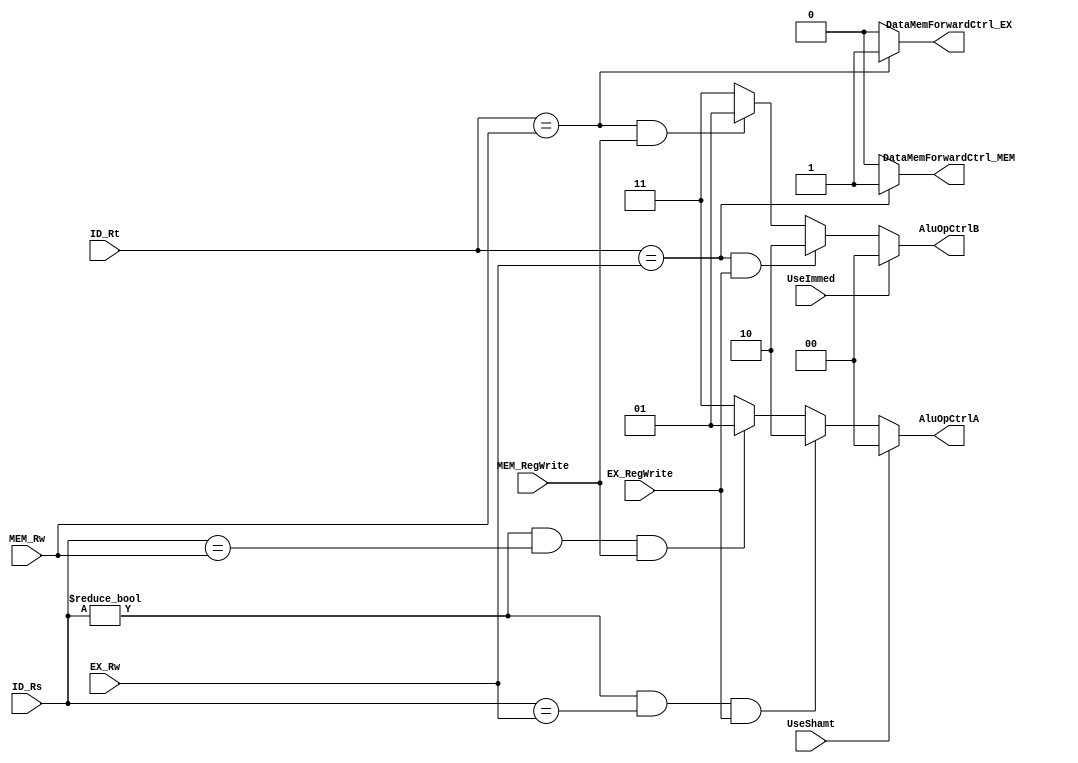
module forwardingunit(UseShamt,UseImmed,ID_Rs,ID_Rt,EX_Rw,MEM_Rw,EX_RegWrite,MEM_RegWrite,
					  AluOpCtrlA,AluOpCtrlB,DataMemForwardCtrl_EX,DataMemForwardCtrl_MEM);

	input 			UseShamt;				// For shift
	input			UseImmed;				// For immediate
	input 		    EX_RegWrite;			// Register Write in EX stage	
	input 			MEM_RegWrite;			// Register Write in MEM stage	
	input[4:0] 		ID_Rs;					// Rs in Decode stage
	input[4:0] 		ID_Rt;					// Rt in Decode stage
	input[4:0] 		EX_Rw;					// Rw in Execute stage
	input[4:0] 		MEM_Rw;					// Rw in Memory stage

	output reg 		DataMemForwardCtrl_EX;	// Memory Forwarding in Execute stage
	output reg 		DataMemForwardCtrl_MEM; // Memory Forwarding in Memory stage
	output reg[1:0] AluOpCtrlA; 			// Alu busA select
	output reg[1:0] AluOpCtrlB;				// Alu busB select

	always@(*) begin
		if(UseShamt) begin
			AluOpCtrlA <= 2'b00;
		end
		else if((ID_Rs != 5'b0) && (ID_Rs == EX_Rw) && EX_RegWrite) begin
			AluOpCtrlA <= 2'b10;
		end
		else if((ID_Rs != 5'b0) && (ID_Rs == MEM_Rw) && MEM_RegWrite) begin
			AluOpCtrlA <= 2'b01;
		end
		else begin
			AluOpCtrlA <= 2'b11;
		end

		
	end // always@(*)

	always@(*) begin
		if(UseImmed) begin
			AluOpCtrlB <= 2'b00;
		end
		else if((ID_Rt == EX_Rw) && EX_RegWrite) begin
			AluOpCtrlB <= 2'b10;
		end
		else if((ID_Rt == MEM_Rw) && MEM_RegWrite) begin
			AluOpCtrlB <= 2'b01;
		end
		else begin
			AluOpCtrlB <= 2'b11;
		end

		if(ID_Rt == MEM_Rw) begin
			DataMemForwardCtrl_EX <= 1'b1;
		end
		else begin
			DataMemForwardCtrl_EX <= 1'b0;
		end

		if(ID_Rt == EX_Rw) begin
			DataMemForwardCtrl_MEM <= 1'b1;
		end
		else begin
			DataMemForwardCtrl_MEM <= 1'b0;
		end
		
	end // always@(*)
endmodule